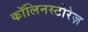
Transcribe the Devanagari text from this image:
कॉलिनस्टीरेज़